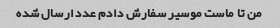
من تا ماست موسیر سفارش دادم عدد ارسال شده